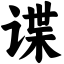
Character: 谍